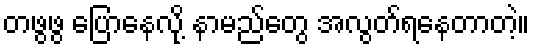
တဖွဖွ ပြောနေလို့ နာမည်တွေ အလွတ်ရနေတာတဲ့။